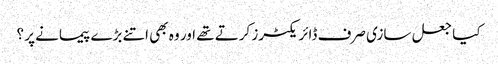
کیا جعل سازی صرف ڈائریکٹرز کرتے تھے اور وہ بھی اتنے بڑے پیمانے پر ؟